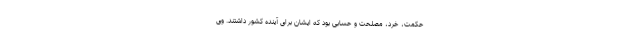
حکمت، خرد، مصلحت و حسابی بود که ایشان برای آینده کشور داشتند. وی